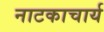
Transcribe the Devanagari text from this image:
नाटकाचार्य